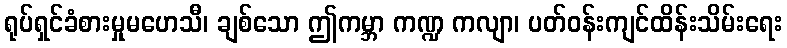
ရုပ်ရှင်ခံစားမှုမဟေသီ၊ ချစ်သော ဤကမ္ဘာ ကဏ္ဍ ကလျာ၊ ပတ်ဝန်းကျင်ထိန်းသိမ်းရေး